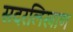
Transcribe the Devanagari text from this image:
सदरलिखाण